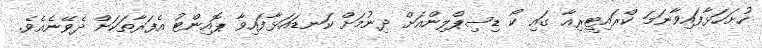
ހުށަހަޅާފައިވާނަމަ ކްރައިޓީރިއާ ގައި ކޯ ޑިސިޕްލިންއަށް ދިނުމަށް ކަނޑައަޅާފައިވާ ޕޮއިންޓު އެފަރާތަކަށް ދެވޭނެއެވެ.